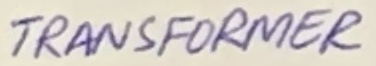
Text: TRANSFORMER